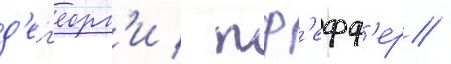
д'ег'еорг'и / пф'ефф'ер /